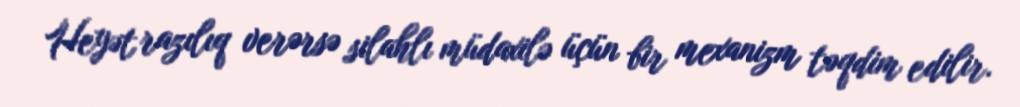
Heyət razılıq verərsə silahlı müdaxilə üçün bir mexanizm təqdim edilir.